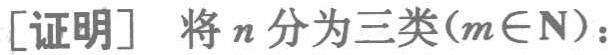
[证明] 将 \(n\) 分为三类(\(m\in \mathbb{N}\))：